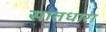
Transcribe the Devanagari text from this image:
सातधारा